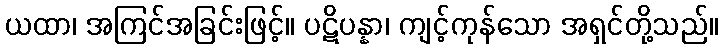
ယထာ၊ အကြင်အခြင်းဖြင့်။ ပဋိပန္နာ၊ ကျင့်ကုန်သော အရှင်တို့သည်။